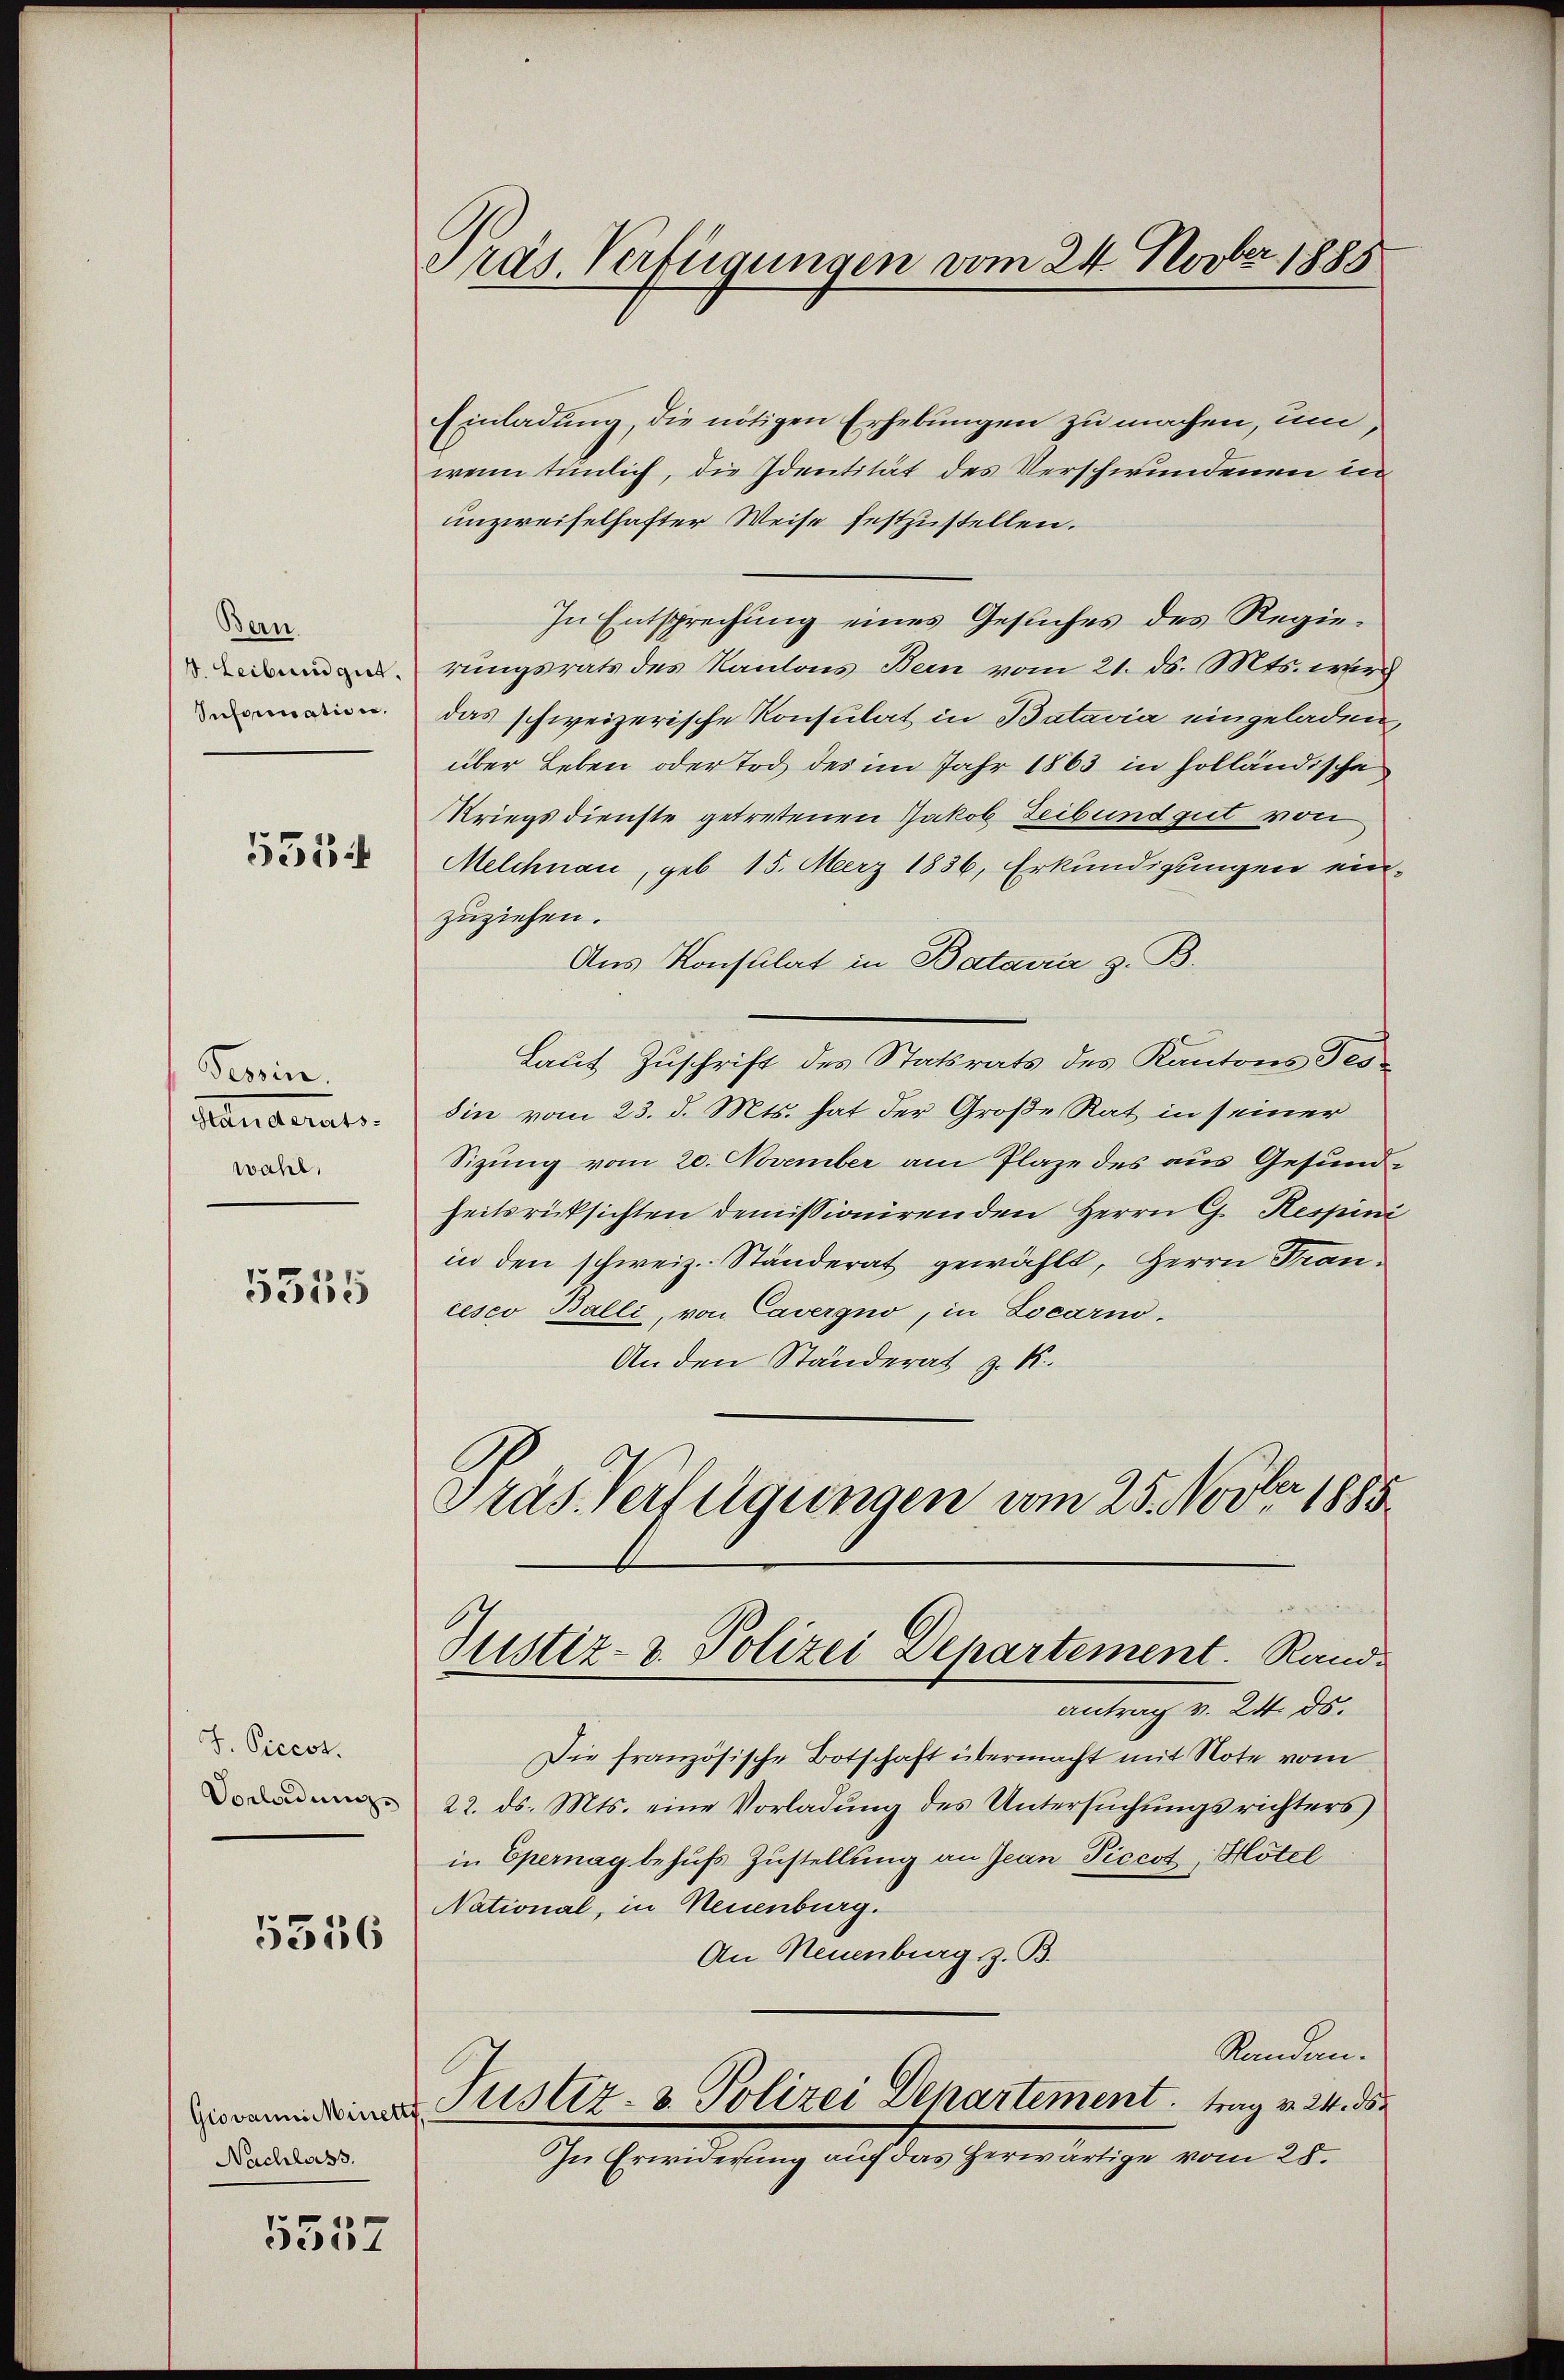
Bern.
Infornation.

5534

Berein.
Pendants.
wahl,

5535

J. Piccot.
Vorladung.

5336

Giovanni Minetts
Nachlass.

5557

Präs. Verfügungen vom 24. Novber 1888

Einladung, die nötigen Erhebungen zu machen, um,
wenn tunlich, die Identität des Verschwundenen in
unzweifelhafter Weise festzustellen.
In Entsprechung eines Gesuches des Regierungsrats des Kantons Bern vom 21. ds. Mts. wirch
das schweizerische Konsulat in Batavia eingeladen,
über Leben oder Tod des im Jahr 1863 in holländische
Kriegsdienste getretenen Jakob Zeibund gut von
Melchnau, geb. 15. Merz 1836, Erkundigungen ein-
zuziehen.
Aus Konsulat in Bataira z. B.
Laut Zuschrift des Statsrats des Kantons Tesdin vom 23. d. Mts. hat der Große Rat in seiner
Sizung vom 20. November am Plaze des aus Gesundheitsrücksichten demissionirenden Herrn G. Respini
in den schweiz. Ständerat gewählt, Herrn Francesco Balli, von Cavergno, in Locari
An den Ständerat z. K.
Gras Verfügungen vom 25. Novbr. 1885

Justiz- & Polizei Departement.   Rand

antrag v. 24. ds.
Die französische Botschaft übermacht mit Note vom
22. ds. Mts. eine Vorladung des Untersŭchŭngsrichters
in Epernag behufs Zustellung an Jean Piccot, Hotel
National, in Neuenburg.
An Neuenburg, z. B.
Sanden.
Justiz- & Polizei Departement trag v. 24. ds
In Erwiderung auf das Herwärtige vom 28.